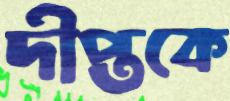
দীপ্তকে